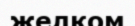
желқом